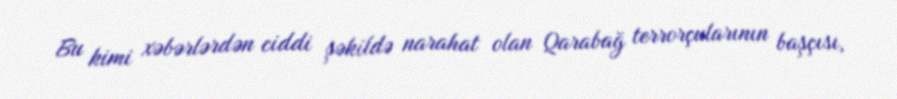
Bu kimi xəbərlərdən ciddi şəkildə narahat olan Qarabağ terrorçularının başçısı,